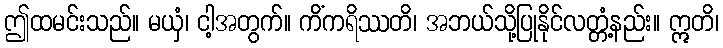
ဤထမင်းသည်။ မယှံ၊ ငါ့အတွက်။ ကိံကရိဿတိ၊ အဘယ်သို့ပြုနိုင်လတ္တံ့နည်း။ ဣတိ၊